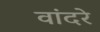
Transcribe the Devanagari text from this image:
वांदरे